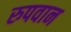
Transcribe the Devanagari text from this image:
रुपवान